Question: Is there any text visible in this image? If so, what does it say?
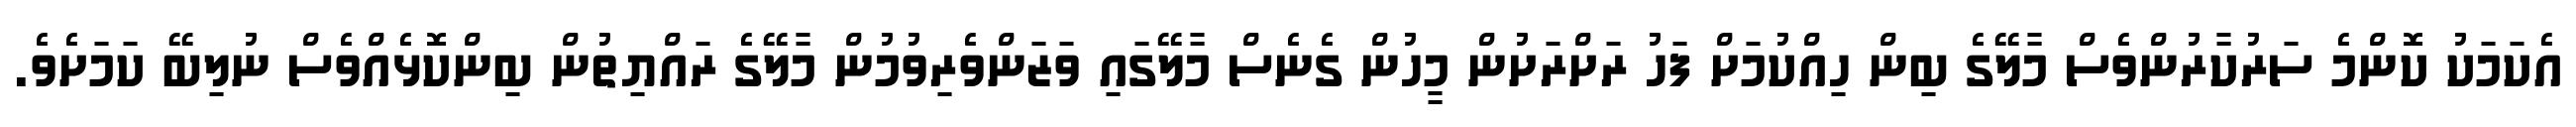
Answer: އެކަމަކު ކޮންމެ ސަރުކާރުންވެސް މާލޭގެ ބިން ހިއްކުމަށް ފަހު ރަށްރަށުން މީހުން ގެނެސް މާލޭގައި ވަޒަންވެރިވުމުން މާލޭގެ ރައްޔިތުން ބިންކޮޅެއްވެސް ނުލިބޭ ކަމަށެވެ.